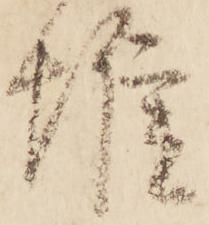
帷